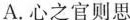
A.心之官则思